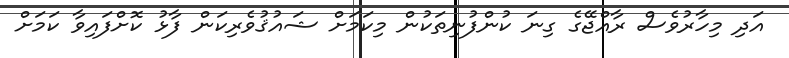
އަދި މިހާރުވެސް ރާއްޖޭގެ ގިނަ ކުންފުނިތަކުން މިކަމަށް ޝައުޤުވެރިކަން ފާޅު ކޮށްފައިވާ ކަމަށް